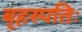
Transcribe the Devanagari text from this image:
बृहस्पतिः